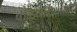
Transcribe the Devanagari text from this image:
बौद्धधर्मियांसाठी